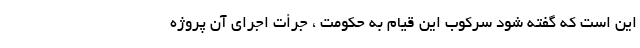
این است که گفته شود سرکوب این قیام به حکومت ، جرأت اجرای آن پروژه